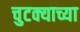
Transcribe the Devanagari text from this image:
चुटक्याच्या